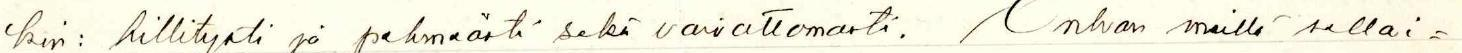
kin: hillitysti ja pehmeästi sekä vaivattomasti. Onhan meillä sellai=